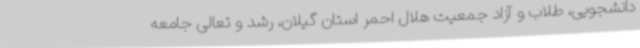
دانشجویی، طلاب و آزاد جمعیت هلال احمر استان گیلان، رشد و تعالی جامعه